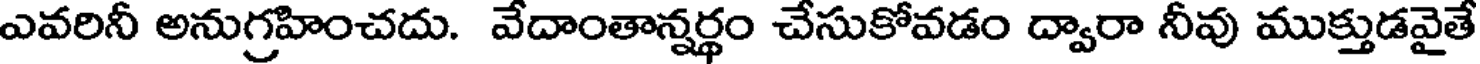
ఎవరినీ అనుగ్రహించదు. వేదాంతాన్నర్థం చేసుకోవడం ద్వారా నీవు ముక్తుడవైతే